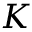
{ \cal { K } }